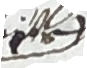
et